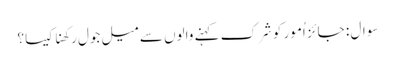
سوال : جائز اُمور کو شِرک کہنے والوں سے میل جول رکھنا کیسا؟